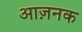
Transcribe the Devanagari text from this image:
आज़नक